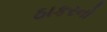
ઠાકરનો